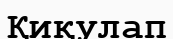
Қиқулап